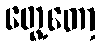
တွေ့တော့